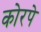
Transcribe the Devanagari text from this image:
कोरपे